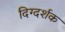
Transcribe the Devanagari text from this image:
दिग्‍दर्शक